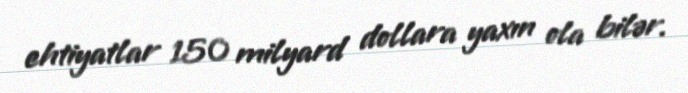
ehtiyatlar 150 milyard dollara yaxın ola bilər.